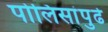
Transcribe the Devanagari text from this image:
पोलिसांपुढे